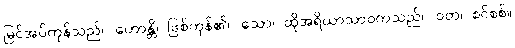
မြင်အပ်ကုန်သည်။ ဟောန္တိ၊ ဖြစ်ကုန်၏။ သော၊ ထိုအရိယာသာဝကသည်။ ဝတ၊ စင်စစ်။